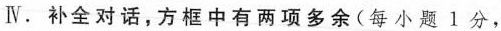
Ⅳ.补全 对话,方 框中 有两 项多余(每 小 题 1 分,